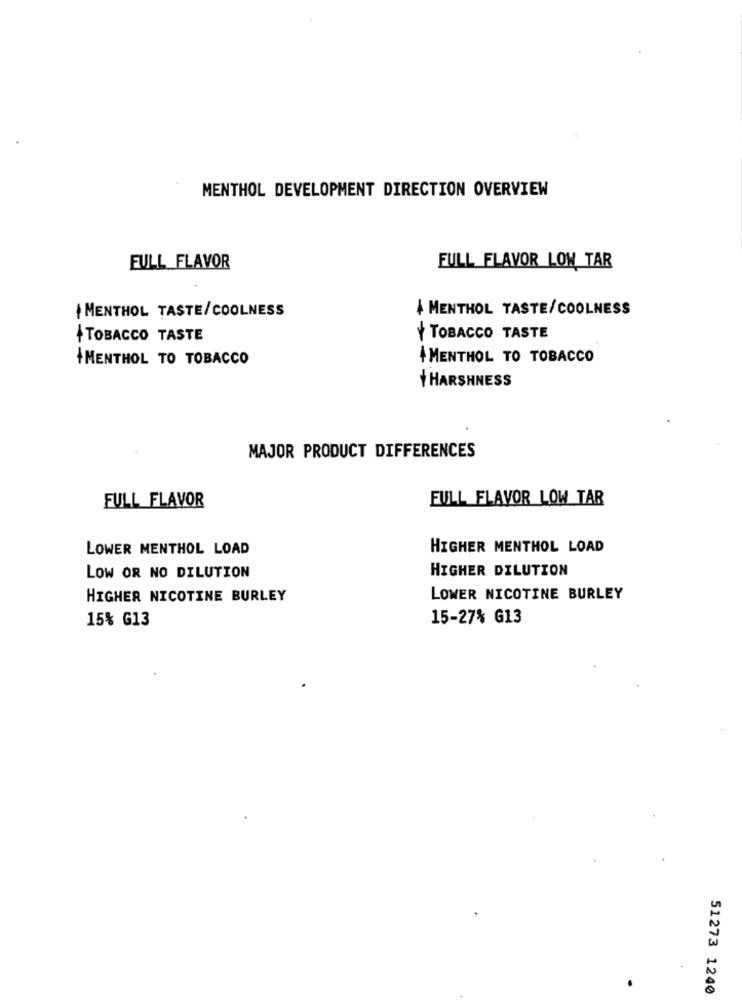
MENTHOL DEVELOPMENT DIRECTION OVERVIEW
FULL FLAVOR
FULL FLAVOR LOW TAR
MENTHOL TASTE/COOLNESS
4 MENTHOL TASTE/COOLNESS
+TOBACCO TASTE
Y TOBACCO TASTE
+MENTHOL TO TOBACCO
+MENTHOL TO TOBACCO
HARSHNESS
MAJOR PRODUCT DIFFERENCES
FULL FLAVOR
FULL FLAVOR LOW TAR
LOWER MENTHOL LOAD
HIGHER MENTHOL LOAD
HIGHER DILUTION
LOW OR NO DILUTION
HIGHER NICOTINE BURLEY
LOWER NICOTINE BURLEY
15% G13
15-27% G13
51273 1240